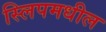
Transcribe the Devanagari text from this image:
स्लिपमधील